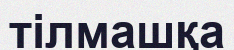
тілмашқа